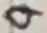
Text: 9